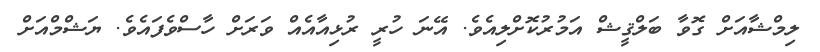
ލިމްޝާއަށް ގޮވާ ބަލްޤީޝް އަމުރުކޮށްލިއެވެ. އޭނަ ހުރީ ރުޅިއާއެއް ވަރަށް ހާސްވެފައެވެ. ޔަޝްމްއަށް